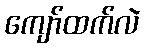
ကျော်ထက်လဲ